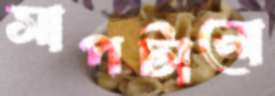
সাপটানো